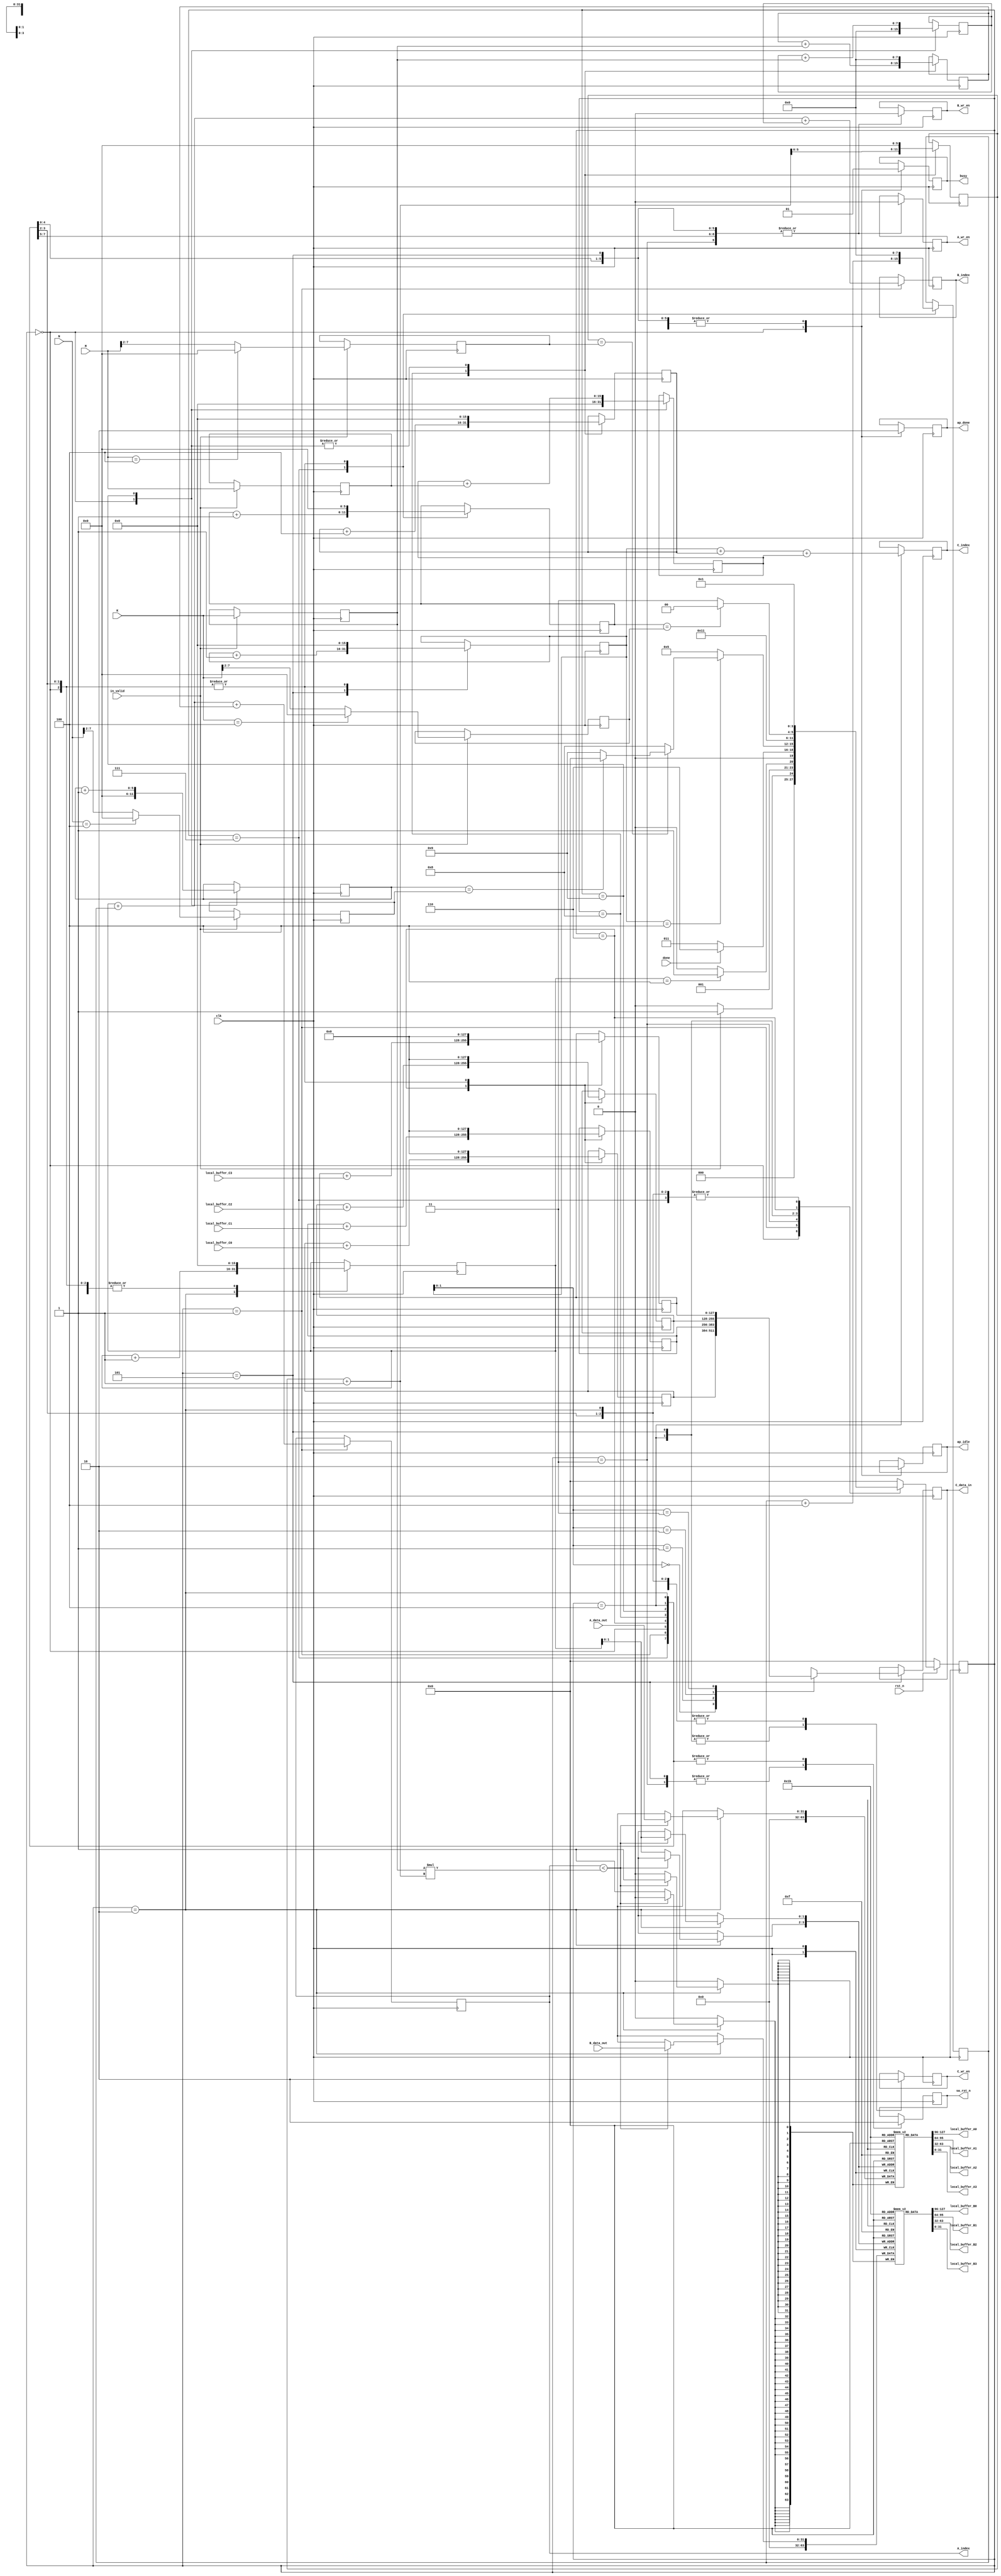
module TPU_fsm
#(  parameter ADDR_BITS=16, 
	parameter DATA_BITS=32,
	parameter DATAC_BITS=128,
	parameter S0 = 4'b0000,
	parameter S1 = 4'b0001,
	parameter S2 = 4'b0010,
	parameter S3 = 4'b0011,
	parameter S4 = 4'b0100,
	parameter S5 = 4'b0101,
	parameter S6 = 4'b0110,
	parameter S7 = 4'b0111,
	parameter S8 = 4'b1000,
	parameter S9 = 4'b1001
)
(
	// Global Signals 
	input   wire                     	clk,
	input   wire                     	rst_n,
    input            					in_valid,
	input								done,
    input [7:0]      					K,
    input [7:0]     					M,
    input [7:0]      					N,


    output     							busy,
	output     							ap_done,
	output     							ap_idle,
    output      						sa_rst_n,

	output      						A_wr_en,
	output [(ADDR_BITS-1):0]    					A_index,
	input  [31:0]    					A_data_out,
	
	output      						B_wr_en,
	output [(ADDR_BITS-1):0]    					B_index,
	input  [31:0]    					B_data_out,
    
	output      						C_wr_en,
    output  [(ADDR_BITS-1):0]    			C_index,
    output  [DATAC_BITS-1:0]    		C_data_in,

	output [DATA_BITS-1:0] local_buffer_A0,
	output [DATA_BITS-1:0] local_buffer_A1,
	output [DATA_BITS-1:0] local_buffer_A2,
	output [DATA_BITS-1:0] local_buffer_A3,
	output [DATA_BITS-1:0] local_buffer_B0,
	output [DATA_BITS-1:0] local_buffer_B1,
	output [DATA_BITS-1:0] local_buffer_B2,
	output [DATA_BITS-1:0] local_buffer_B3,

	input [DATAC_BITS-1:0] local_buffer_C0,
	input [DATAC_BITS-1:0] local_buffer_C1,
	input [DATAC_BITS-1:0] local_buffer_C2,
	input [DATAC_BITS-1:0] local_buffer_C3
);

	reg [15:0]				 			i, j;
	integer								t;
	reg [3:0] 							state;

	
	reg A_wr_en_temp;
	reg B_wr_en_temp;
	reg C_wr_en_temp;
	reg busy_temp;
	reg ap_done_temp;
	reg ap_idle_temp;
	reg sa_rst_n_temp;

	reg [DATAC_BITS-1:0] result[3:0];
	wire [DATAC_BITS-1:0] result_temp[3:0];
	
	assign result_temp[0] = local_buffer_C0;
	assign result_temp[1] = local_buffer_C1;
	assign result_temp[2] = local_buffer_C2;

	reg [7:0]    K_reg;
	reg [7:0]    M_reg;
	reg [7:0]    N_reg;

	assign result_temp[3] = local_buffer_C3;

	reg [5:0] check_Koffset_times;
	reg [5:0] check_Moffset_times;
	reg [5:0] check_Noffset_times;

	reg [5:0] Koffset_times;
	reg [5:0] Moffset_times;
	reg [5:0] Noffset_times;

	reg [7:0] Koffset;
	reg [7:0] Moffset;
	reg [7:0] Noffset;

	reg [ADDR_BITS-1:0] Moffset_index_o;
	reg [ADDR_BITS-1:0] Noffset_index_o;
	//assign check_Koffset_times = (K==4) ? 0 : (K>>2);
always @(posedge clk) begin
		if(in_valid) begin
			K_reg <= K;
			M_reg <= M;
			N_reg <= N;
			check_Koffset_times <= (K==4) ? 0 : (K>>2);
			check_Moffset_times <= (M==4) ? 0 : (M>>2);
			check_Noffset_times <= (N==4) ? 0 : (N>>2);
		end
end

	assign A_wr_en = A_wr_en_temp;
	assign B_wr_en = B_wr_en_temp;
	assign C_wr_en = C_wr_en_temp;
	assign busy = busy_temp;
	assign ap_done = ap_done_temp;
	assign ap_idle = ap_idle_temp;		
	assign sa_rst_n = sa_rst_n_temp;


	reg [ADDR_BITS-1:0]    			A_index_temp;
	reg [ADDR_BITS-1:0]    			B_index_temp;
	reg [ADDR_BITS-1:0]    			C_index_temp;
	reg [DATAC_BITS-1:0]			C_data_in_temp;

	assign	A_index = A_index_temp;
	assign	B_index = B_index_temp;
	assign	C_index = C_index_temp;
	assign 	C_data_in = C_data_in_temp;

	reg [DATA_BITS-1:0]	local_buffer_A[3:0];
	reg [DATA_BITS-1:0]	local_buffer_B[3:0];

	assign local_buffer_A0 = local_buffer_A[0];
	assign local_buffer_A1 = local_buffer_A[1];
	assign local_buffer_A2 = local_buffer_A[2];
	assign local_buffer_A3 = local_buffer_A[3];

	assign local_buffer_B0 = local_buffer_B[0];
	assign local_buffer_B1 = local_buffer_B[1];
	assign local_buffer_B2 = local_buffer_B[2];
	assign local_buffer_B3 = local_buffer_B[3];

	always@(negedge clk) begin
		if (!rst_n) begin
			state <= S0;
		end else begin
			case(state)
				S0: begin
					if (in_valid) begin
						state <= S1;
					end
					else begin
						state <= S0;
					end
				end
				S1: begin
					if (i == 4) begin
						state <= S3;
					end
					else begin
						state <= S2;
					end
				end
				S2: begin
					state <= S1;
				end
				S3: begin
					if (done) begin
						state <= S6;
					end
					else begin
						state <= S3;
					end
				end
				S4: begin
					if (j == 4) begin
						if (Moffset_times == check_Moffset_times) begin
							if (Noffset_times == check_Noffset_times) begin
								state <= S0;
							end
							else begin
								state <= S9;
							end
						end	
						else begin
							state <= S8;
						end
					end
					else begin
						state <= S5;
					end
				end
				S5: begin
					state <= S4;
				end
				S6: begin
					if(Koffset_times == check_Koffset_times) begin
						state <= S4;
					end
					else begin
						state <= S7;
					end
				end
				S7: begin
					state <= S1;
				end
				S8: begin
					state <= S1;
				end
				S9: begin
					state <= S1;
				end
				default: begin 
					state <= S0;
				end
			endcase
		end
	end
	
	// Set output value
	always @(posedge clk) begin
		case(state)
			S0: begin
				A_wr_en_temp <= 1'b0;
				B_wr_en_temp <= 1'b0;
				C_wr_en_temp <= 1'b0;
				busy_temp <= 1'b0;
				ap_done_temp <= 1'b1;
				ap_idle_temp <= 1'b1;
				sa_rst_n_temp <= 1'b0;
				i<=0;
				j<=0;
				for (t = 0; t <4; t = t + 1)
					result[t] <= 128'b0;
				Koffset_times <= 0;
				Koffset <= 0;
				
				Moffset_times <= 0;
				Moffset <= 0;
				Moffset_index_o <= 0;

				Noffset_times <= 0;
				Noffset <= 0;
				Noffset_index_o <= 0;
			end
			S1: begin
				A_wr_en_temp <= 1'b0;
				B_wr_en_temp <= 1'b0;
				C_wr_en_temp <= 1'b0;
				busy_temp <= 1'b1;
				ap_done_temp <= 1'b0;
				ap_idle_temp <= 1'b0;
				sa_rst_n_temp <= 1'b0;

				A_index_temp <= i + Koffset + Moffset;
				B_index_temp <= i + Koffset + Noffset;
			end
			S2: begin
				A_wr_en_temp <= 1'b0;
				B_wr_en_temp <= 1'b0;
				C_wr_en_temp <= 1'b0;
				busy_temp <= 1'b1;
				ap_done_temp <= 1'b0;
				ap_idle_temp <= 1'b0;
				sa_rst_n_temp <= 1'b0;
				if ( A_index_temp < K_reg * (Moffset_times+1)) begin
					local_buffer_A[i] <= A_data_out;
					local_buffer_B[i] <= B_data_out;
				end
				else begin
					local_buffer_A[i] <= 32'b0;
					local_buffer_B[i] <= 32'b0;
				end
				i <= i + 1;
			end
			S3: begin
				A_wr_en_temp <= 1'b0;
				B_wr_en_temp <= 1'b0;
				C_wr_en_temp <= 1'b0;
				busy_temp <= 1'b1;
				ap_done_temp <= 1'b0;
				ap_idle_temp <= 1'b0;
				sa_rst_n_temp <= 1'b1;
			end
			S4: begin
				A_wr_en_temp <= 1'b0;
				B_wr_en_temp <= 1'b0;
				C_wr_en_temp <= 1'b1;
				busy_temp <= 1'b1;
				ap_done_temp <= 1'b0;
				ap_idle_temp <= 1'b0;
				sa_rst_n_temp <= 1'b0;

				C_index_temp = j + Moffset_index_o + Noffset_index_o;
			end
			S5: begin
				A_wr_en_temp <= 1'b0;
				B_wr_en_temp <= 1'b0;
				C_wr_en_temp <= 1'b1;
				busy_temp <= 1'b1;
				ap_done_temp <= 1'b0;
				ap_idle_temp <= 1'b0;
				sa_rst_n_temp <= 1'b1;

				C_data_in_temp <= result[j];
				j <= j + 1;
			end
			S6: begin
				A_wr_en_temp <= 1'b0;
				B_wr_en_temp <= 1'b0;
				C_wr_en_temp <= 1'b0;
				busy_temp <= 1'b1;
				ap_done_temp <= 1'b0;
				ap_idle_temp <= 1'b0;
				sa_rst_n_temp <= 1'b0;

				for (t = 0; t < 4; t = t + 1)
					result[t] <= result[t] + result_temp[t];
				
			end
			S7: begin
				A_wr_en_temp <= 1'b0;
				B_wr_en_temp <= 1'b0;
				C_wr_en_temp <= 1'b0;
				busy_temp <= 1'b1;
				ap_done_temp <= 1'b0;
				ap_idle_temp <= 1'b0;
				sa_rst_n_temp <= 1'b0;

				Koffset_times <= Koffset_times + 1;
				Koffset <= Koffset + 4;
				i <= 0;
			end
			S8: begin
				A_wr_en_temp <= 1'b0;
				B_wr_en_temp <= 1'b0;
				C_wr_en_temp <= 1'b0;
				busy_temp <= 1'b1;
				ap_done_temp <= 1'b0;
				ap_idle_temp <= 1'b0;
				sa_rst_n_temp <= 1'b0;
				i<=0;
				j<=0;
				for (t = 0; t <4; t = t + 1)
					result[t] <= 128'b0;
				Koffset_times <= 0;
				Koffset <= 0;

				Moffset_times <= Moffset_times + 1;
				Moffset <= Moffset + K_reg;
				Moffset_index_o <= Moffset_index_o + 4;
			end
			S9: begin
				A_wr_en_temp <= 1'b0;
				B_wr_en_temp <= 1'b0;
				C_wr_en_temp <= 1'b0;
				busy_temp <= 1'b1;
				ap_done_temp <= 1'b0;
				ap_idle_temp <= 1'b0;
				sa_rst_n_temp <= 1'b0;
				i<=0;
				j<=0;
				for (t = 0; t <4; t = t + 1)
					result[t] <= 128'b0;
				Koffset_times <= 0;
				Koffset <= 0;

				Moffset_times <= 0;
				Moffset <= 0;
				Moffset_index_o <= 0;

				Noffset_times <= Noffset_times + 1;
				Noffset <= Noffset + K_reg;
				Noffset_index_o <= Noffset_index_o + M_reg;
			end
		endcase
	end


endmodule